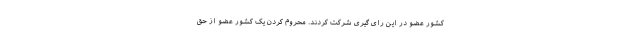
کشور عضو در این رای گیری شرکت کردند. محروم کردن یک کشور عضو از حق